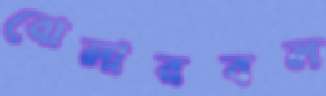
রোলারবল